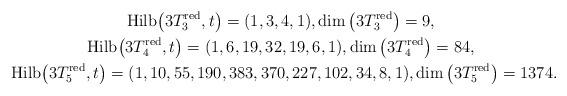
LaTeX: \begin{gather*}{\rm Hilb}\big(3T_3^{\rm red},t\big)=(1,3,4,1), \dim \big(3T_3^{\rm red}\big) =9,\\{\rm Hilb}\big(3T_4^{\rm red},t\big)=(1,6,19,32,19,6,1),\dim \big(3T_4^{\rm red}\big)=84, \\{\rm Hilb}\big(3T_5^{\rm red},t\big)=(1,10,55,190,383,370,227,102,34,8,1), \dim\big(3T_5^{\rm red}\big)=1374.\end{gather*}